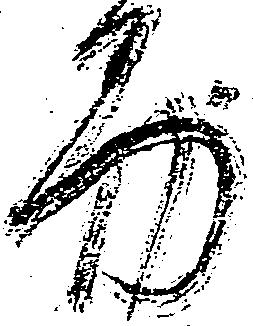
易